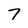
Character: 7